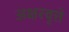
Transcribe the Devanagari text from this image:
अक्षरवृत्ते